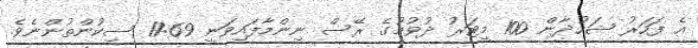
އެ ފަހަރު ޝަހުދާން 100 މީޓަރު ދުވުމުގެ ރޭސް ނިންމާފައިވަނީ 11:69 ސިކުންތުންނެވެ.